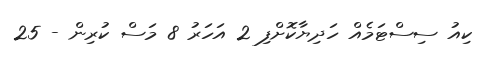
ކިއު ސިސްޓަމެއް ހަދިޔާކޮށްފި 2 އަހަރު 8 މަސް ކުރިން - 25